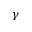
\gamma